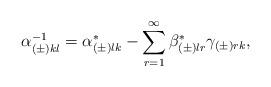
LaTeX: \begin{align*}\alpha^{-1}_{(\pm)kl}=\alpha^*_{(\pm)lk}-\sum_{r=1}^\infty \beta^*_{(\pm)lr}\gamma_{(\pm)rk},\end{align*}